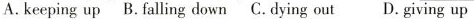
A.keeping up B.falling down C.dying out D. giving up